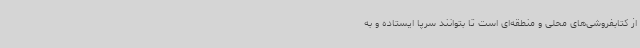
از کتابفروشی‌های محلی و منطقه‌ای است تا بتوانند سرپا ایستاده و به